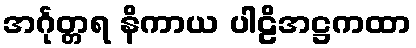
အင်္ဂုတ္တရ နိကာယ ပါဠိအဋ္ဌကထာ